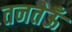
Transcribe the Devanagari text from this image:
तनतेऊँ